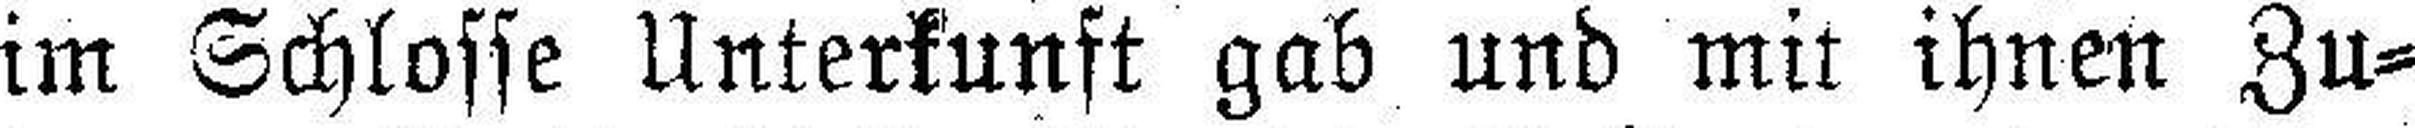
im Schlosse Unterkunft gab und mit ihnen Zu¬